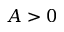
A > 0